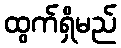
ထွက်ရှိမည်